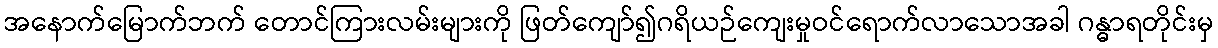
အနောက်မြောက်ဘက် တောင်ကြားလမ်းများကို ဖြတ်ကျော်၍ဂရိယဉ်ကျေးမှုဝင်ရောက်လာသောအခါ ဂန္ဓာရတိုင်းမှ